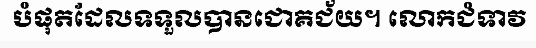
បំផុតដែលទទួលបានជោគជ័យ។ លោកជំទាវ